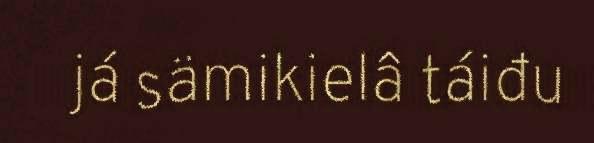
já sämikielâ táiđu